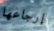
إرجاعها